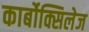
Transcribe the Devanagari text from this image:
कार्बोक्सिलेज